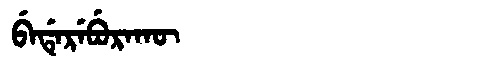
Manchu: ᠪᡝᡩᡝᡵᡝᠪᡠᡵᠠᡴᡡ
Romanization: BEDEREBURAKŪ